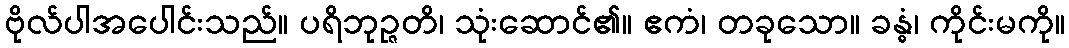
ဗိုလ်ပါအပေါင်းသည်။ ပရိဘုဉ္ဇတိ၊ သုံးဆောင်၏။ ဧကံ၊ တခုသော။ ခန္ဓံ၊ ကိုင်းမကို။